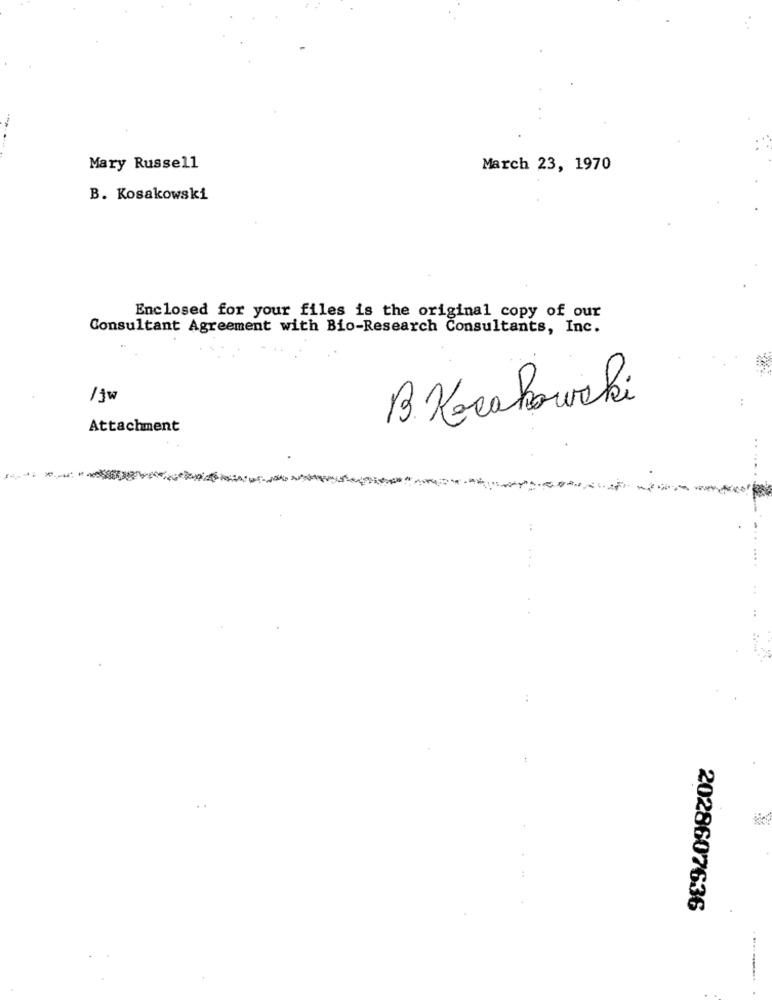
Mary Russell
March 23, 1970
B. Kosakowski
Enclosed for your files is the original copy of our
Consultant Agreement with Bio-Research Consultants, Inc.
/ jw
B.Krakowski
Attachment
2028607636